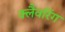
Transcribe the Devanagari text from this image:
क्लैवरिंग